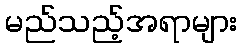
မည်သည့်အရာများ